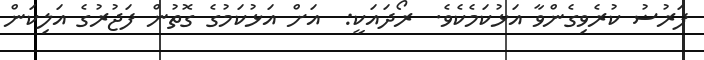
ފަރުޟު ކުރެވިގެންވާ އަޅުކަމެކެވެ.  ރޯދައަކީ:  އަށް އަޅުކަމުގެ ގޮތުން ފަޖުރުގެ އަލިކަން